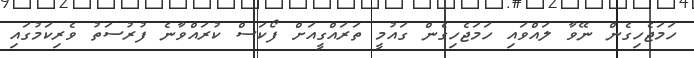
ހަމަޖެހިގެން ނޭވާ ލައްވައި ހަމަޖެހިގެން ގައުމީ ތަރައްގީއަށް ފޯކަސް ކުރައްވާނެ ފުރުސަތު ވެރިކަމުގައި